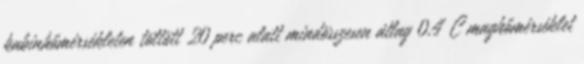
kabinhőmérsékleten töltött 20 perc alatt mindösszesen átlag 0,4°C maghőmérséklet